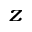
_ z